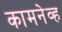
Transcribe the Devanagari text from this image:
कामनेव्ह